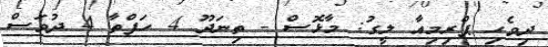
ދިވެހި ޕްރިމިއާ ލީގު: މާޅޮސް - ތިނަދޫ 4 ހަފްތާ 4 ދުވަސް